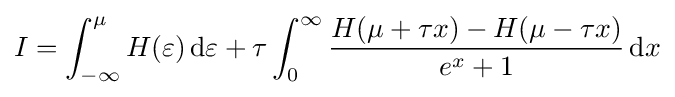
I=\int _{-\infty }^{\mu }H(\varepsilon )\,\mathrm {d} \varepsilon +\tau \int _{0}^{\infty }{\frac {H(\mu +\tau x)-H(\mu -\tau x)}{e^{x}+1}}\,\mathrm {d} x